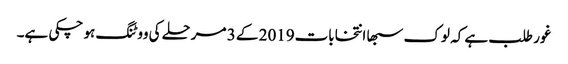
غور طلب ہے کہ لوک سبھا انتخابات2019 کے 3 مرحلے کی ووٹنگ ہو چکی ہے۔